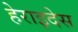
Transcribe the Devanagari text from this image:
हेराइदेस